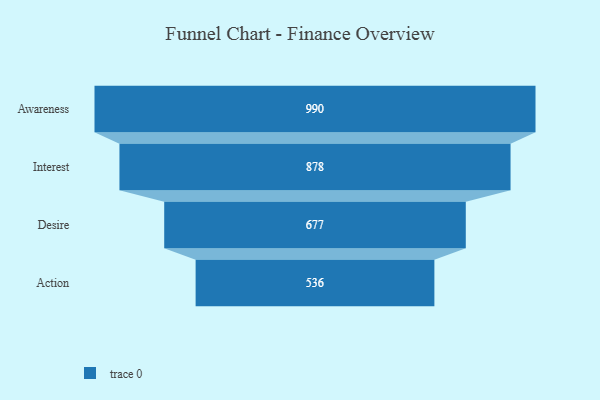
{"axis": {"x": "Stage", "y": "Value"}, "legend": [""], "data": [{"x": "Awareness", "y": 990.0, "type": ""}, {"x": "Interest", "y": 878.0, "type": ""}, {"x": "Desire", "y": 677.0, "type": ""}, {"x": "Action", "y": 536.0, "type": ""}]}